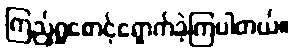
ကြည့်ရှုစောင့်ရှောက်ခဲ့ကြပါတယ်။